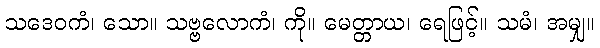
သဒေဝကံ၊ သော။ သဗ္ဗလောကံ၊ ကို။ မေတ္တာယ၊ ရေဖြင့်။ သမံ၊ အမျှ။